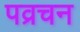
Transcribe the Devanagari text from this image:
पव्रचन